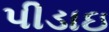
પીડાઇ